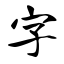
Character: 字